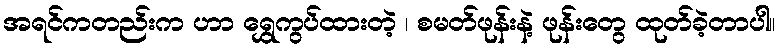
အရင်ကတည်းက ဟာ ရွှေကွပ်ထားတဲ့ ၊ စမတ်ဖုန်းနဲ့ ဖုန်းတွေ ထုတ်ခဲ့တာပါ။